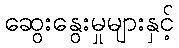
ဆွေးနွေးမှုများနှင့်